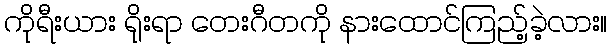
ကိုရီးယား ရိုးရာ တေးဂီတကို နားထောင်ကြည့်ခဲ့လား။